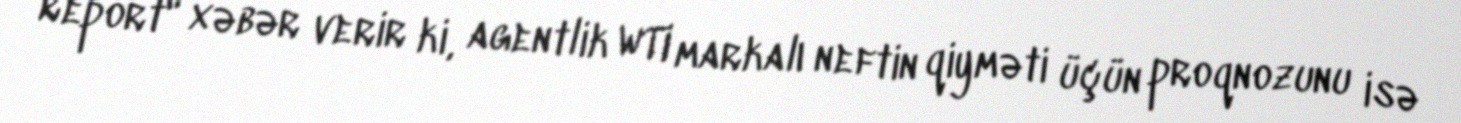
Report" xəbər verir ki, agentlik WTI markalı neftin qiyməti üçün proqnozunu isə